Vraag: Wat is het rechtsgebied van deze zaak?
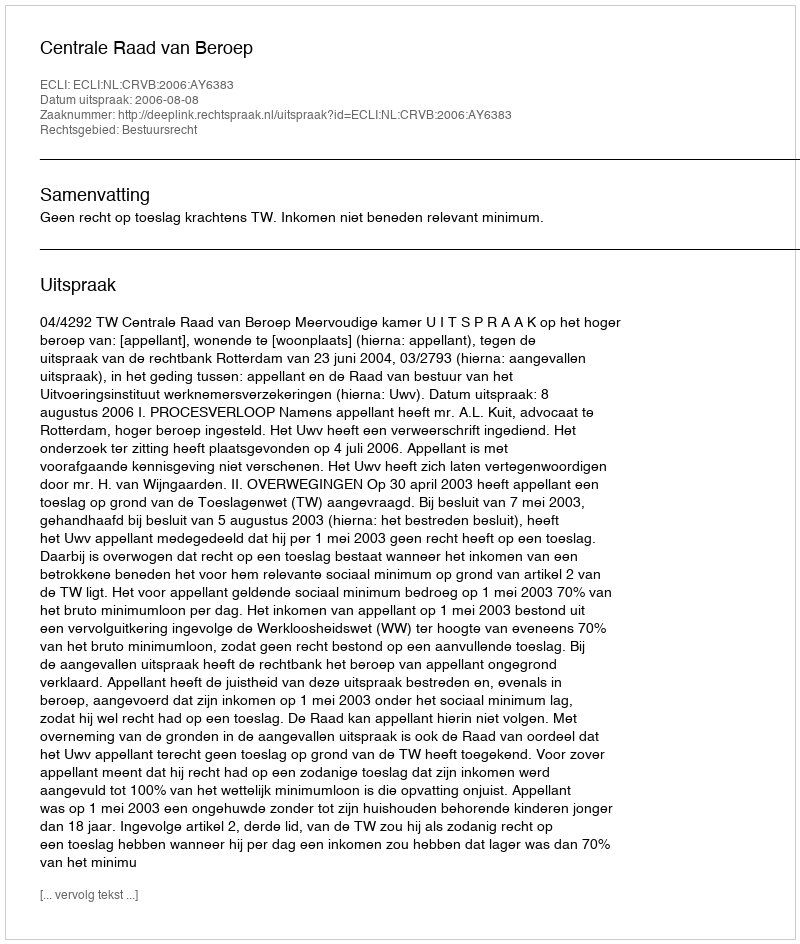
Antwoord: Bestuursrecht